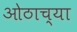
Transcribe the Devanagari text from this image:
ओठाच्या